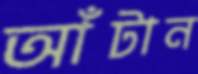
আঁটান